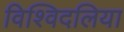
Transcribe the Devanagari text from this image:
विश्विदलिया